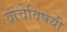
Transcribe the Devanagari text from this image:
यांचेविषयी